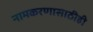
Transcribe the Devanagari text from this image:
नामकरणासाठीही